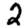
Digit: 2